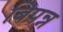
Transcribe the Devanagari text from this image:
बिपन्न